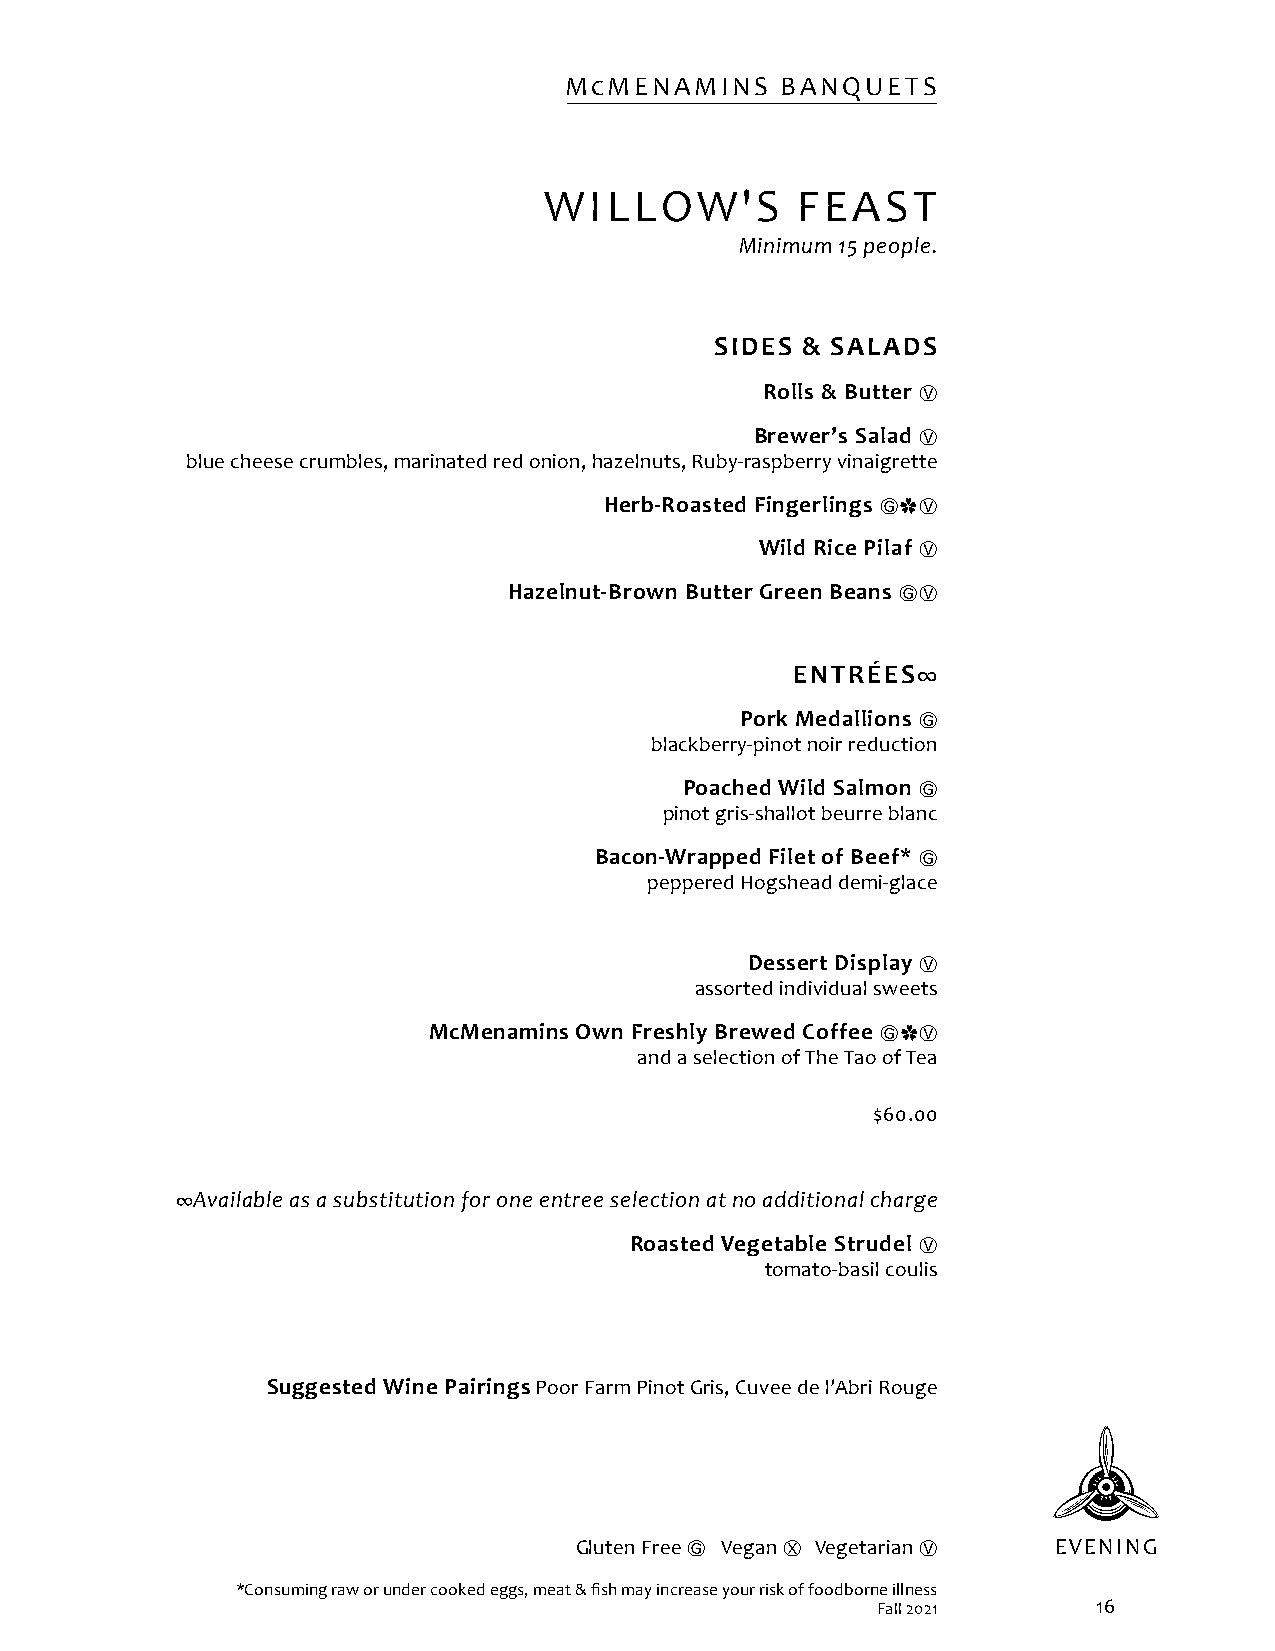
McMENAMINS     BANQUETS
 WILLOW'S         FEAST
 Minimum 15 people.
 SIDES & SALADS
 Rolls & Butter
 Ⓥ
 Brewer’s Salad
 Ⓥ
 blue cheese crumbles, marinated red onion, hazelnuts, Ruby-raspberry vinaigrette
 Herb-Roasted Fingerlings
 Ⓖ✿Ⓥ
 Wild Rice Pilaf
 Ⓥ
 Hazelnut-Brown Butter Green Beans
 ⒼⓋ
 ENTRÉES∞
 Pork Medallions
 Ⓖ
 blackberry-pinot noir reduction
 Poached Wild Salmon
 Ⓖ
 pinot gris-shallot beurre blanc
 Bacon-Wrapped Filet of Beef*
 Ⓖ
 peppered Hogshead demi-glace
 Dessert Display
 Ⓥ
 assorted individual sweets
 McMenamins Own Freshly Brewed Coffee
 Ⓖ✿Ⓥ
 and a selection of The Tao of Tea
 $60.00
 ∞Available as a substitution for one entree selection at no additional charge
 Roasted Vegetable Strudel
 Ⓥ
 tomato-basil coulis
 Suggested Wine Pairings Poor Farm Pinot Gris, Cuvee de l’Abri Rouge
 Gluten Free Ⓖ Vegan Ⓧ Vegetarian Ⓥ EVENING
 *Consuming raw or under cooked eggs, meat & fish may increase your risk of foodborne illness
 Fall 2021      16